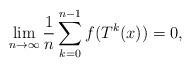
LaTeX: \begin{align*} \lim_{n \to \infty} \frac1n \sum_{k=0}^{n-1} f(T^k(x)) = 0,\end{align*}